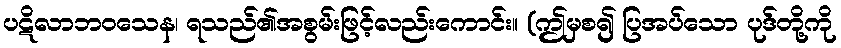
ပဋိလာဘဝသေန၊ ရသည်၏အစွမ်းဖြင့်လည်းကောင်း။ (ဤမှစ၍ ပြအပ်သော ပုဒ်တို့ကို